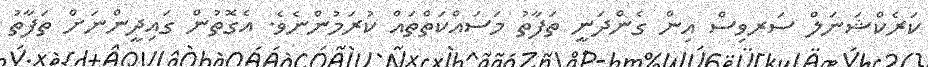
ކަރެކްޝަނަލް ސަރވިސް އިން ގެންދަނީ ތަފާތު މަސައްކަތްތައް ކުރަމުންނެވެ. އެގޮތުން ގައިދީންނަށް ތަފާތު